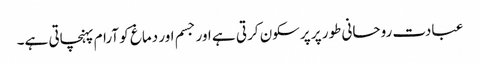
عبادت روحانی طور پر پرسکون کرتی ہے اور جسم اور دماغ کو آرام پہنچاتی ہے۔